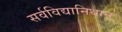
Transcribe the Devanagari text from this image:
सर्वविद्यानिधान